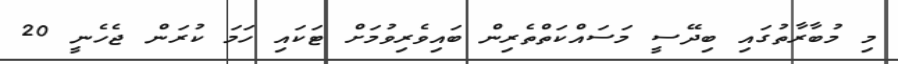
މި މުބާރާތުގައި ބިދޭސީ މަސައްކަތްތެރިން ބައިވެރިވުމަށް ޓަކައި ހަމަ ކުރަން ޖެހެނީ 20